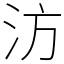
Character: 汸